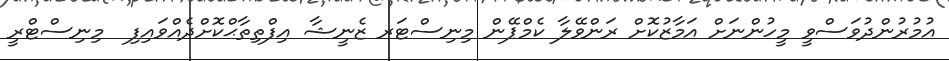
އުމުރުންދުވަސްވީ މީހުންނަށް އަމާޒުކޮށް ރަންވޭލާ ކެމްޕޭން މިނިސްޓަރ ޒެނީޝާ އިފްތިތާޙްކޮށްދެއްވައިފި  މިނިސްޓްރީ